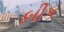
બીક